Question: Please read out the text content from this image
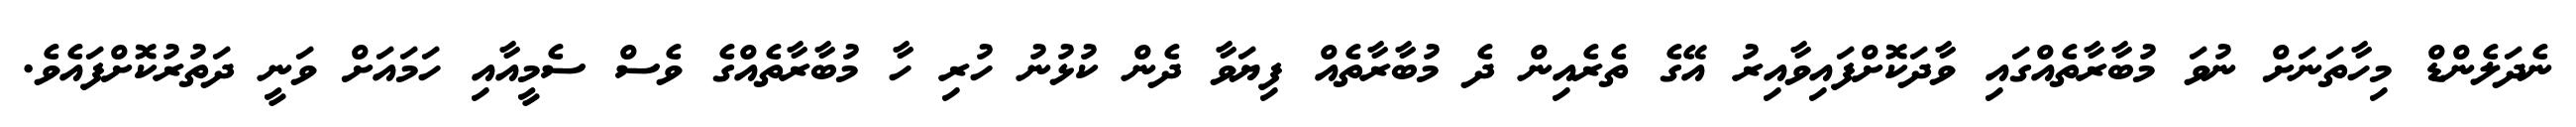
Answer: ނެދަލެންޑް މިހާތަނަށް ނުވަ މުބާރާތެއްގައި ވާދަކޮށްފައިވާއިރު އޭގެ ތެރެއިން ދެ މުބާރާތެއް ފިޔަވާ ދެން ކުޅުނު ހުރި ހާ މުބާރާތެއްގެ ވެސް ސެމީއާއި ހަމައަށް ވަނީ ދަތުރުކޮށްފައެވެ.